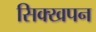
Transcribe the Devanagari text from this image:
सिक्खपन